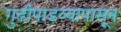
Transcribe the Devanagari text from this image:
गुढीपाडव्यापासून